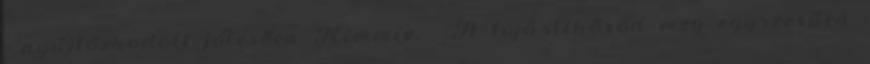
- nyújtózkodott jólesően Kimmie. - A tojáslikőröd meg egyszerűen